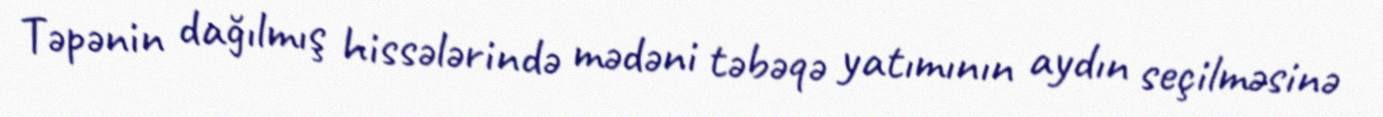
Təpənin dağılmış hissələrində mədəni təbəqə yatımının aydın seçilməsinə